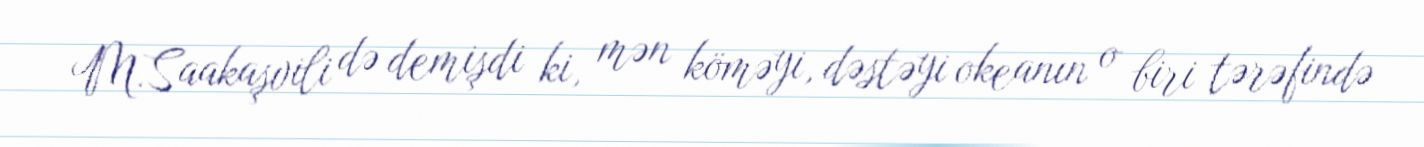
M.Saakaşvili də demişdi ki, mən köməyi, dəstəyi okeanın o biri tərəfində